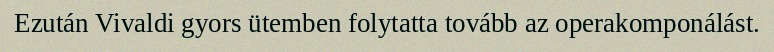
Ezután Vivaldi gyors ütemben folytatta tovább az operakomponálást.